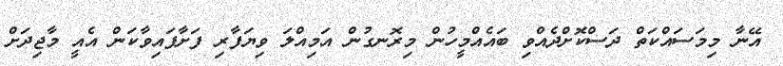
އޭނާ މިމަސައްކަތް ދަސްކޮށްދެއްވި ބައެއްމީހުން މިރޮނގުން އަމިއްލަ ވިޔަފާރި ފަށާފައިވާކަން އެއީ މާޖިދަށް